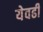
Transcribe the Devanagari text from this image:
येवढी